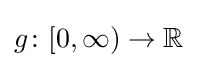
g\colon [0,\infty )\to \mathbb {R}